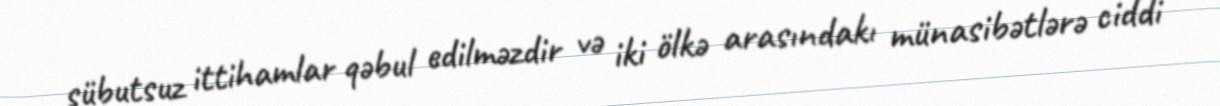
sübutsuz ittihamlar qəbul edilməzdir və iki ölkə arasındakı münasibətlərə ciddi